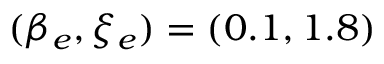
( \beta _ { e } , \xi _ { e } ) = ( 0 . 1 , 1 . 8 )